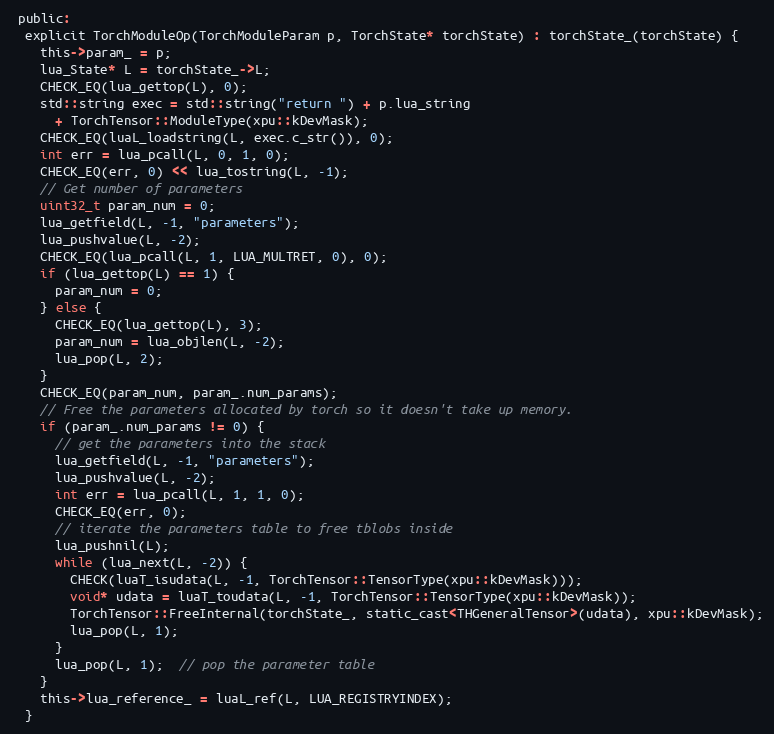
Language: C
 public:
  explicit TorchModuleOp(TorchModuleParam p, TorchState* torchState) : torchState_(torchState) {
    this->param_ = p;
    lua_State* L = torchState_->L;
    CHECK_EQ(lua_gettop(L), 0);
    std::string exec = std::string("return ") + p.lua_string
      + TorchTensor::ModuleType(xpu::kDevMask);
    CHECK_EQ(luaL_loadstring(L, exec.c_str()), 0);
    int err = lua_pcall(L, 0, 1, 0);
    CHECK_EQ(err, 0) << lua_tostring(L, -1);
    // Get number of parameters
    uint32_t param_num = 0;
    lua_getfield(L, -1, "parameters");
    lua_pushvalue(L, -2);
    CHECK_EQ(lua_pcall(L, 1, LUA_MULTRET, 0), 0);
    if (lua_gettop(L) == 1) {
      param_num = 0;
    } else {
      CHECK_EQ(lua_gettop(L), 3);
      param_num = lua_objlen(L, -2);
      lua_pop(L, 2);
    }
    CHECK_EQ(param_num, param_.num_params);
    // Free the parameters allocated by torch so it doesn't take up memory.
    if (param_.num_params != 0) {
      // get the parameters into the stack
      lua_getfield(L, -1, "parameters");
      lua_pushvalue(L, -2);
      int err = lua_pcall(L, 1, 1, 0);
      CHECK_EQ(err, 0);
      // iterate the parameters table to free tblobs inside
      lua_pushnil(L);
      while (lua_next(L, -2)) {
        CHECK(luaT_isudata(L, -1, TorchTensor::TensorType(xpu::kDevMask)));
        void* udata = luaT_toudata(L, -1, TorchTensor::TensorType(xpu::kDevMask));
        TorchTensor::FreeInternal(torchState_, static_cast<THGeneralTensor>(udata), xpu::kDevMask);
        lua_pop(L, 1);
      }
      lua_pop(L, 1);  // pop the parameter table
    }
    this->lua_reference_ = luaL_ref(L, LUA_REGISTRYINDEX);
  }